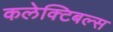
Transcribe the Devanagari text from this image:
कलेक्टिबल्स